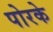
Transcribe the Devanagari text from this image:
पोरके